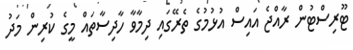
ޓޫރިސްޓުން ރާއްޖެ އައިސް އުޅުމުގެ ތެރޭގައި ދިމާވާ ހާދިސާތައް މީގެ ކުރިން މަދު